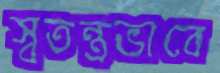
স্বতন্ত্রভাবে